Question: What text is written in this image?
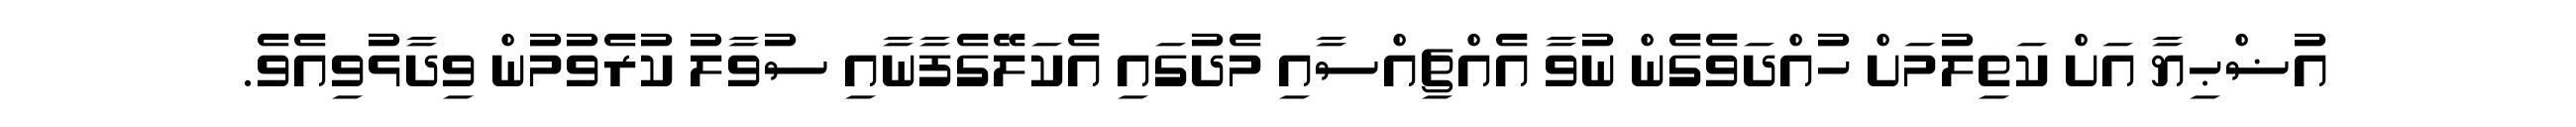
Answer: އުޟްޙިޔާ އަށް ކަތިލުމަށް ހުއްދަވެގެން ނުވާ އެއްޗިއްސާއި މެދުގައި އެކަލޭގެފާނާއި ސުވާލު ކުރެވުމުން ވިދާޅުވިއެވެ.